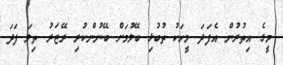
މީގެ އިތުރުން އެފަދަ މީހަކު ތުބުޅި ބޭލުމަށް ބޭނުންކުރި ރޭޒަރު ތިލަ ފަދަ